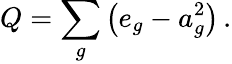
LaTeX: Q=\sum_{g}\left(e_{g}-a_{g}^{2}\right)\, .